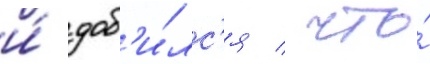
и́ доб'и́лс'я / что́